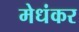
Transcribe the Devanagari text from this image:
मेधंकर